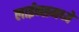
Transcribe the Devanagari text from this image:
लाईन्समध्ये